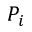
P _ { i }